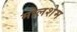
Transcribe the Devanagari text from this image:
मोलशेम